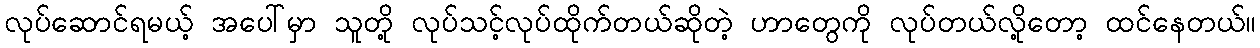
လုပ်ဆောင်ရမယ့် အပေါ်မှာ သူတို့ လုပ်သင့်လုပ်ထိုက်တယ်ဆိုတဲ့ ဟာတွေကို လုပ်တယ်လို့တော့ ထင်နေတယ်။